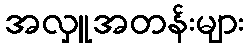
အလှူအတန်းများ